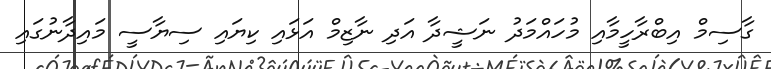
ގާސިމް އިބްރާހީމާއި މުހައްމަދު ނަޝީދާ އަދި ނާޒިމް އަޅައި ކިޔައި ސިޔާސީ މައިދާނުގައި